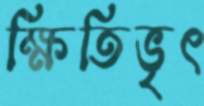
ক্ষিতিভৃৎ